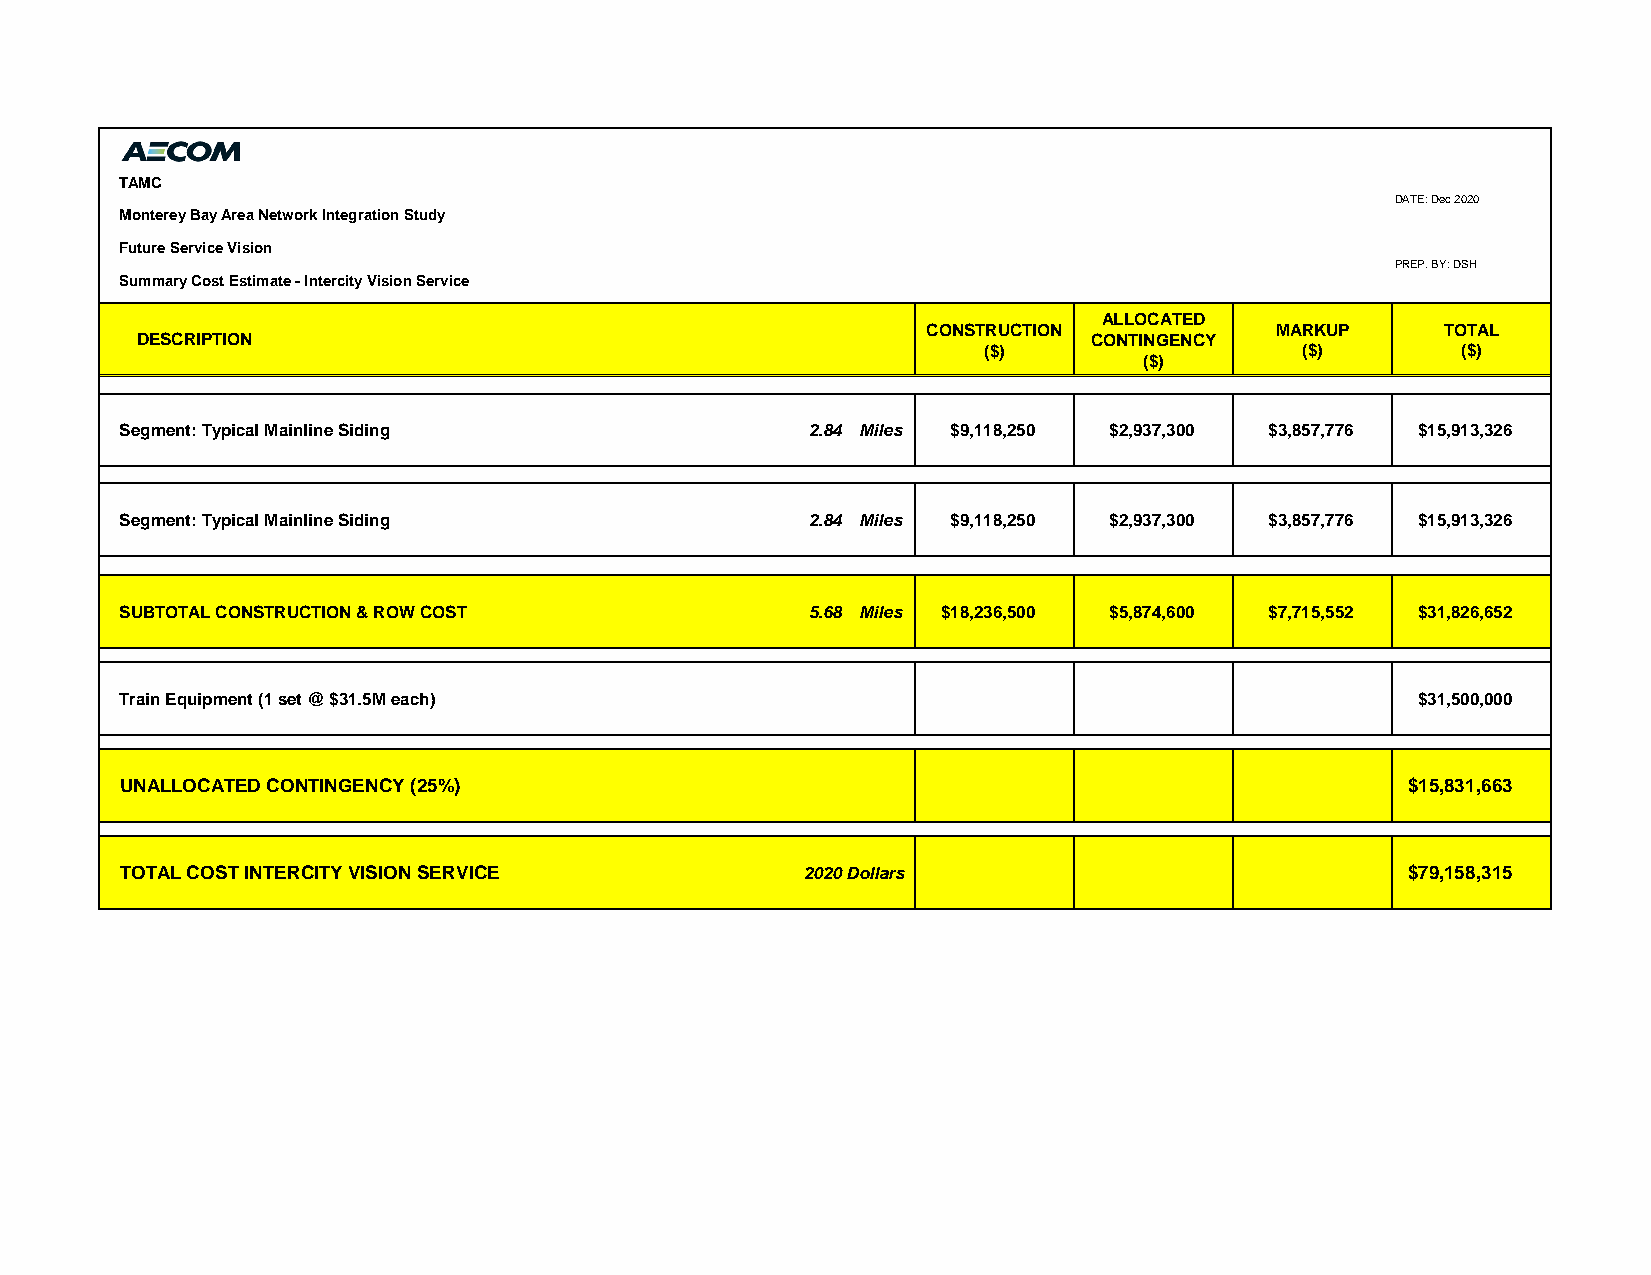
TAMC
 DATE: Dec 2020
 Monterey Bay Area Network Integration Study
 Future Service Vision
 PREP. BY: DSH
 Summary Cost Estimate - Intercity Vision Service
 ALLOCATED
 CONSTRUCTION           MARKUP      TOTAL
 DESCRIPTION                                                    CONTINGENCY
 ($)                  ($)        ($)
 ($)
 Segment: Typical Mainline Siding              2.84 Miles $9,118,250 $2,937,300 $3,857,776 $15,913,326
 Segment: Typical Mainline Siding              2.84 Miles $9,118,250 $2,937,300 $3,857,776 $15,913,326
 SUBTOTAL CONSTRUCTION & ROW COST              5.68 Miles $18,236,500 $5,874,600 $7,715,552 $31,826,652
 Train Equipment (1 set @ $31.5M each)                                                 $31,500,000
 UNALLOCATED CONTINGENCY (25%)                                                        $15,831,663
 TOTAL COST INTERCITY VISION SERVICE          2020 Dollars                            $79,158,315